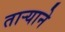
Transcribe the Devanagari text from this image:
तार्‍याने